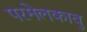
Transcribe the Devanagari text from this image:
परमेलकावु